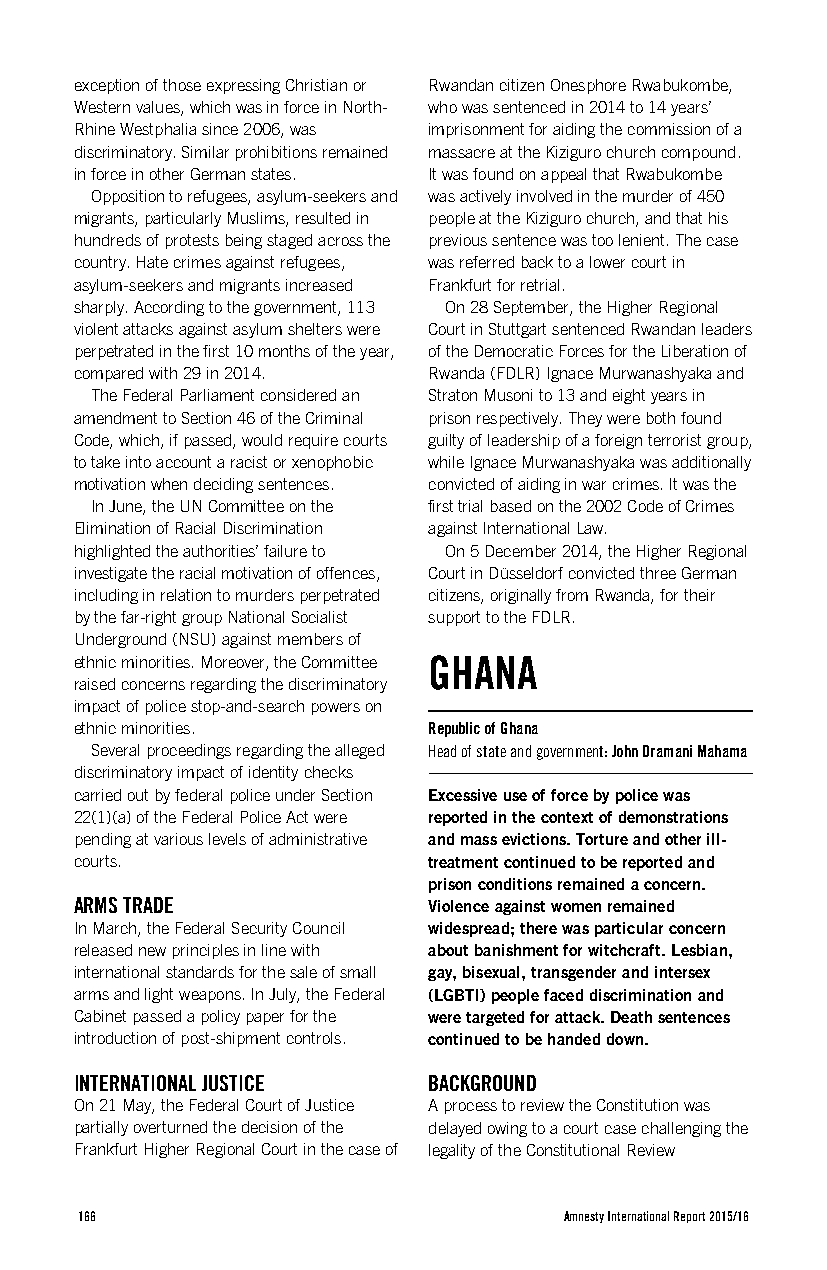
exception of those expressing Christian or Rwandan citizen Onesphore Rwabukombe,
 Western values, which was in force in North- who was sentenced in 2014 to 14 years’
 Rhine Westphalia since 2006, was imprisonment for aiding the commission of a
 discriminatory. Similar prohibitions remained massacre at the Kiziguro church compound.
 in force in other German states. It was found on appeal that Rwabukombe
 Opposition to refugees, asylum-seekers and was actively involved in the murder of 450
 migrants, particularly Muslims, resulted in people at the Kiziguro church, and that his
 hundreds of protests being staged across the previous sentence was too lenient. The case
 country. Hate crimes against refugees, was referred back to a lower court in
 asylum-seekers and migrants increased Frankfurt for retrial.
 sharply. According to the government, 113 On 28 September, the Higher Regional
 violent attacks against asylum shelters were Court in Stuttgart sentenced Rwandan leaders
 perpetrated in the first 10 months of the year, of the Democratic Forces for the Liberation of
 compared with 29 in 2014. Rwanda (FDLR) Ignace Murwanashyaka and
 The Federal Parliament considered an Straton Musoni to 13 and eight years in
 amendment to Section 46 of the Criminal prison respectively. They were both found
 Code, which, if passed, would require courts guilty of leadership of a foreign terrorist group,
 to take into account a racist or xenophobic while Ignace Murwanashyaka was additionally
 motivation when deciding sentences. convicted of aiding in war crimes. It was the
 In June, the UN Committee on the first trial based on the 2002 Code of Crimes
 Elimination of Racial Discrimination against International Law.
 highlighted the authorities’ failure to On 5 December 2014, the Higher Regional
 investigate the racial motivation of offences, Court in Düsseldorf convicted three German
 including in relation to murders perpetrated citizens, originally from Rwanda, for their
 by the far-right group National Socialist support to the FDLR.
 Underground (NSU) against members of
 ethnic minorities. Moreover, the Committee GHANA
 raised concerns regarding the discriminatory
 impact of police stop-and-search powers on
 ethnic minorities.     Republic of Ghana
 Several proceedings regarding the alleged Head of state and government: John Dramani Mahama
 discriminatory impact of identity checks
 carried out by federal police under Section Excessive use of force by police was
 22(1)(a) of the Federal Police Act were reported in the context of demonstrations
 pending at various levels of administrative and mass evictions. Torture and other ill-
 courts.                treatment continued to be reported and
 prison conditions remained a concern.
 ARMS TRADE             Violence against women remained
 In March, the Federal Security Council widespread; there was particular concern
 released new principles in line with about banishment for witchcraft. Lesbian,
 international standards for the sale of small gay, bisexual, transgender and intersex
 arms and light weapons. In July, the Federal (LGBTI) people faced discrimination and
 Cabinet passed a policy paper for the were targeted for attack. Death sentences
 introduction of post-shipment controls. continued to be handed down.
 INTERNATIONAL JUSTICE  BACKGROUND
 On 21 May, the Federal Court of Justice A process to review the Constitution was
 partially overturned the decision of the delayed owing to a court case challenging the
 Frankfurt Higher Regional Court in the case of legality of the Constitutional Review
 166                             Amnesty International Report 2015/16